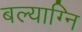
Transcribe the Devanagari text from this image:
बल्याग्नि